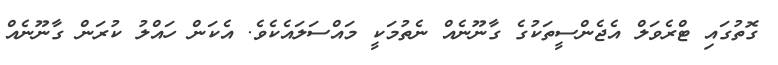
ގޮތުގައި ޓްރެވަލް އެޖެންސީތަކުގެ ގާނޫނެއް ނެތުމަކީ މައްސަލައެކެވެ. އެކަން ހައްލު ކުރަން ގާނޫނެއް